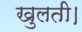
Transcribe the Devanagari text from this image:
खुलती।